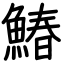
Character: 鰆